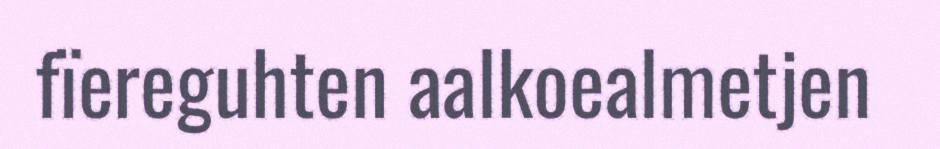
fïereguhten aalkoealmetjen